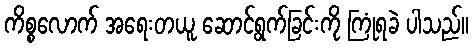
ကိစ္စလောက် အရေးတယူ ဆောင်ရွက်ခြင်းကို ကြုံရခဲ ပါသည်။